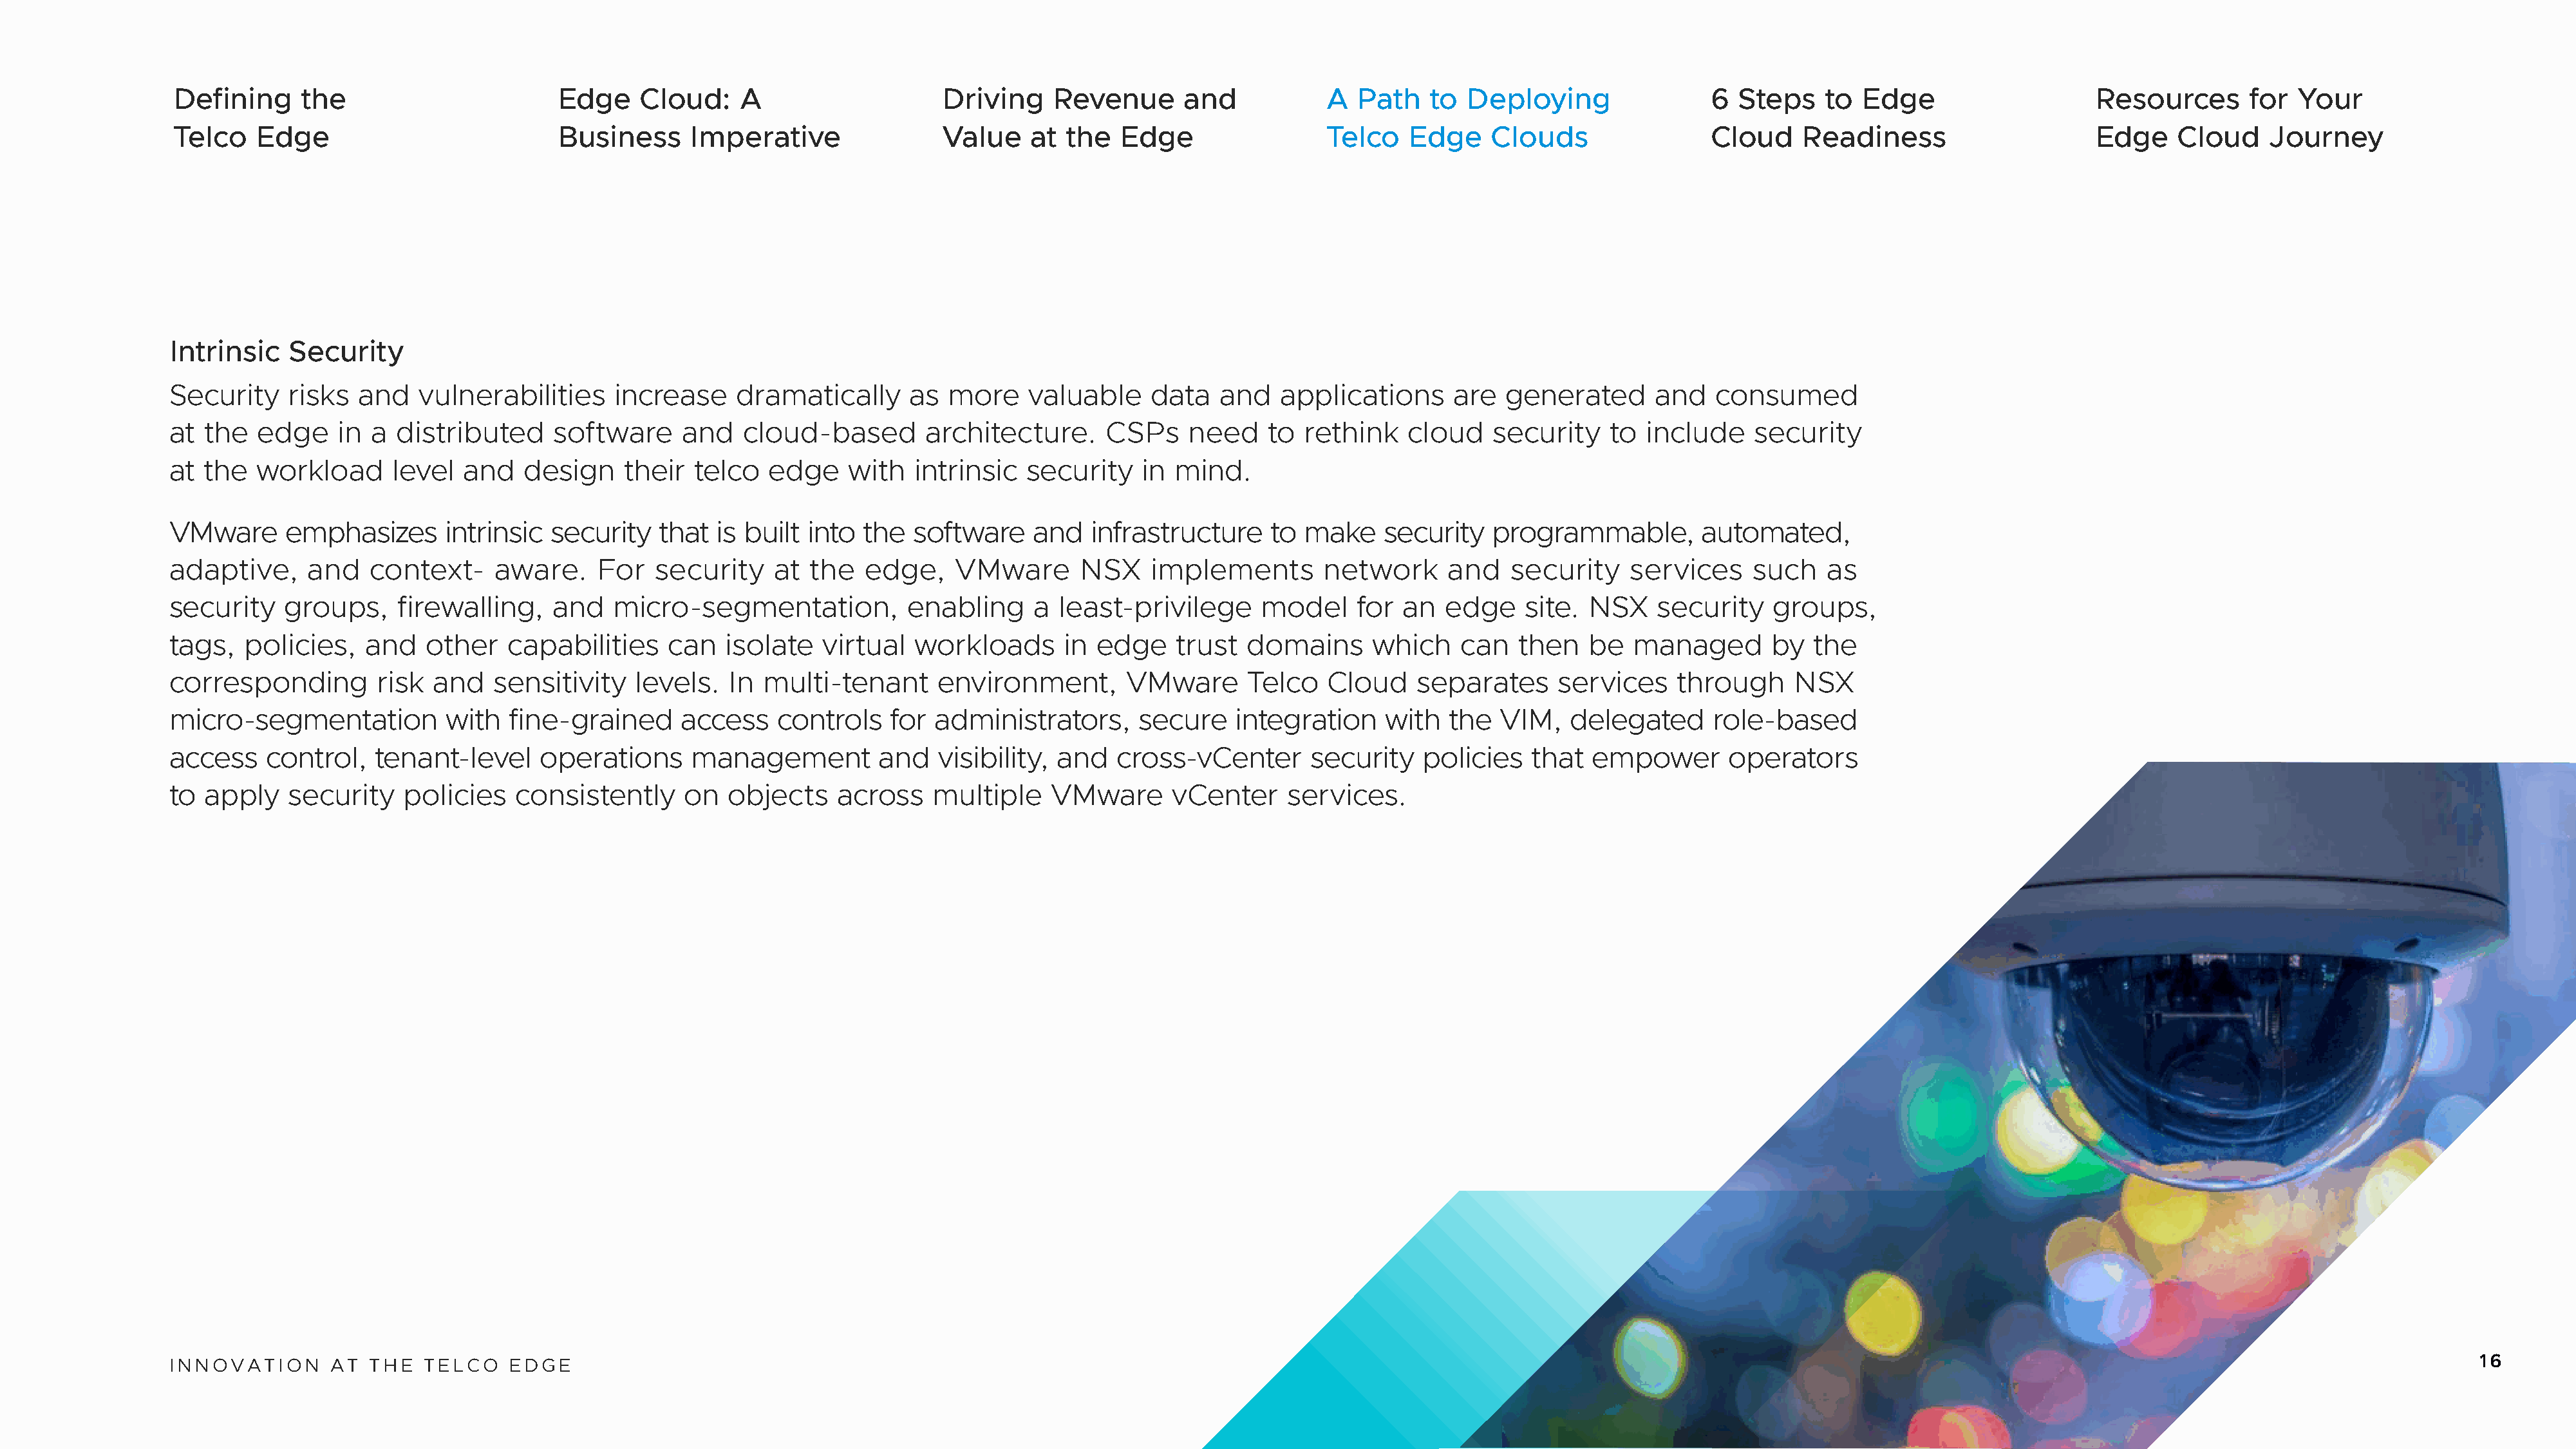
Defining     the                       Edge     Cloud:    A                    Driving    Revenue       and           A  Path    to  Deploying                6  Steps    to Edge                    Resources       for  Your
 Telco   Edge                           Business      Imperative                Value    at  the  Edge                 Telco    Edge    Clouds                 Cloud    Readiness                     Edge     Cloud    Journey
 Intrinsic    Security
 Security     risks  and   vulnerabilities     increase     dramatically     as  more     valuable    data   and    applications     are   generated      and   consumed
 at  the  edge     in a  distributed     software     and   cloud-based        architecture.      CSPs    need    to  rethink    cloud   security    to  include    security
 at  the  workload      level   and   design    their  telco   edge    with   intrinsic   security   in  mind.
 VMware      emphasizes       intrinsic  security   that  is built into  the  software    and   infrastructure     to make    security   programmable,         automated,
 adaptive,      and   context-     aware.    For   security     at the   edge,    VMware       NSX    implements        network      and   security     services    such    as
 security    groups,     firewalling,    and   micro-segmentation,           enabling     a  least-privilege      model    for  an   edge    site. NSX    security    groups,
 tags,   policies,    and   other   capabilities     can   isolate   virtual  workloads      in  edge    trust  domains      which    can   then   be   managed       by  the
 corresponding         risk and    sensitivity   levels.   In multi-tenant      environment,        VMware      Telco    Cloud    separates     services    through     NSX
 micro-segmentation           with  fine-grained      access    controls   for  administrators,      secure    integration    with   the  VIM,   delegated      role-based
 access    control,    tenant-level     operations     management         and   visibility,  and   cross-vCenter       security   policies   that   empower       operators
 to  apply    security    policies   consistently     on   objects    across    multiple    VMware       vCenter    services.
 INNOVATION       AT  THE   TELCO   EDGE                                                                                                                                                                                                       16